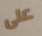
على